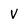
Character: V